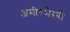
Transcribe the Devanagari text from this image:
अमीरुभैरवी